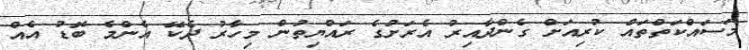
މަސައްކަތްތައް ކުރިއަށް ގެންދާއިރު އެރަށުގެ ރައްޔިތުން މިހާރު ދެކޭ އެންމެ ބޮޑު އެއް